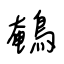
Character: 鵪